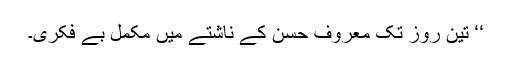
‘‘ تین روز تک معروف حسن کے ناشتے میں مکمل بے فکری۔